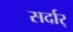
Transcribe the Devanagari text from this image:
सर्दार्